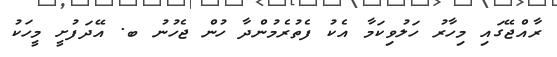
ރާއްޖޭގައި މިހާރު ހަލުވިކަމާ އެކު ފެތުރެމުންދާ ހުން ޖެހުނު ބ. އޭދަފުށީ މީހަކު